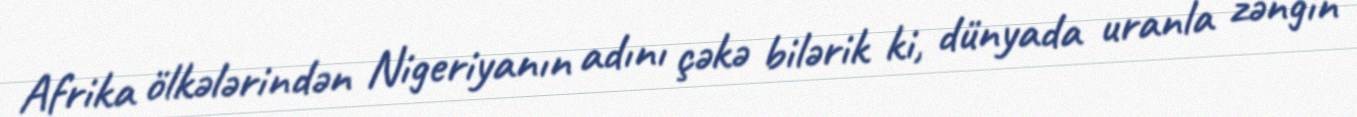
Afrika ölkələrindən Nigeriyanın adını çəkə bilərik ki, dünyada uranla zəngin